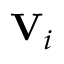
\mathbf { V } _ { i }